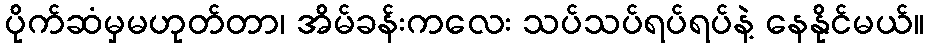
ပိုက်ဆံမှမဟုတ်တာ၊ အိမ်ခန်းကလေး သပ်သပ်ရပ်ရပ်နဲ့ နေနိုင်မယ်။